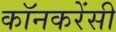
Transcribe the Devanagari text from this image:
कॉनकरेंसी